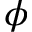
\phi